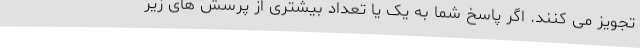
تجویز می کنند. اگر پاسخ شما به یک یا تعداد بیشتری از پرسش های زیر